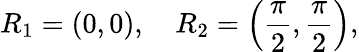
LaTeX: R_{1}=\left(0,0\right),\quad R_{2}=\left(\frac{\pi}{2},\frac{\pi}{2}\right),